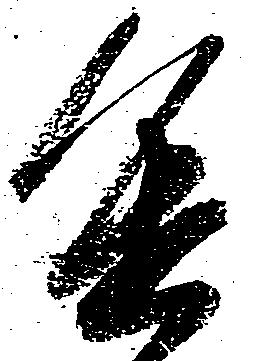
進